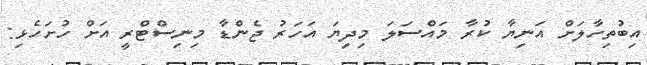
އިބުތިހާލަށް އަނިޔާ ކުރާ މައްސަލަ މިދިޔަ އަހަރު ޖެންޑާ މިނިސްޓްރީ އަށް ހުށަހެޅި: